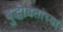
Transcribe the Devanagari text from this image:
बुद्धीवंतांच्या